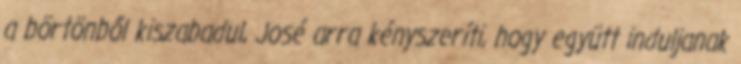
a börtönből kiszabadul, José arra kényszeríti, hogy együtt induljanak